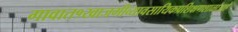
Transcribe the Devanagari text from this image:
गावात१खाजगीव्यावसायिकप्रशिक्षणशाळाआहे